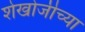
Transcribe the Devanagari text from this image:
शेखोजीच्या